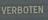
verboten